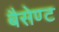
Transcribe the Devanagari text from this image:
बैसेण्ट